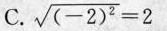
C. $$\sqrt { ( - 2 ) ^ { 2 } } = 2$$